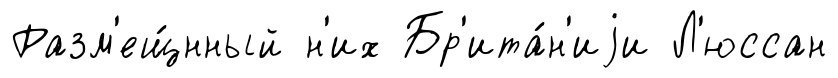
Разм'ещ́нный н'их Бр'ита́н'иjи Л'юссан